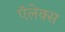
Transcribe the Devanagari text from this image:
ऍलेक्स